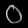
Digit: ၀